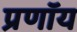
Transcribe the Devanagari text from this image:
प्रणॉय